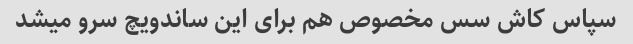
سپاس کاش سس مخصوص هم برای این ساندویچ سرو میشد